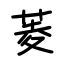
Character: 菱